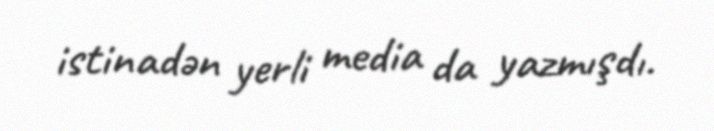
istinadən yerli media da yazmışdı.